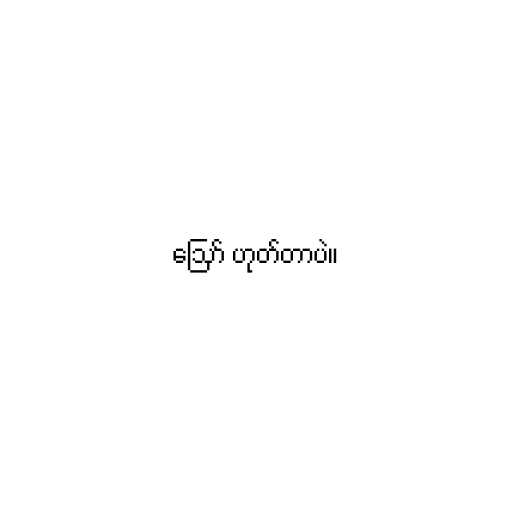
ဪ ဟုတ်တာပဲ။